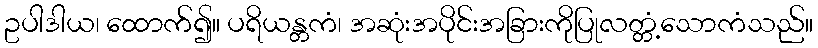
ဥပါဒါယ၊ ထောက်၍။ ပရိယန္တကံ၊ အဆုံးအပိုင်းအခြားကိုပြုလတ္တံ့သောကံသည်။